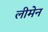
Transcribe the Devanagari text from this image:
लीमेन